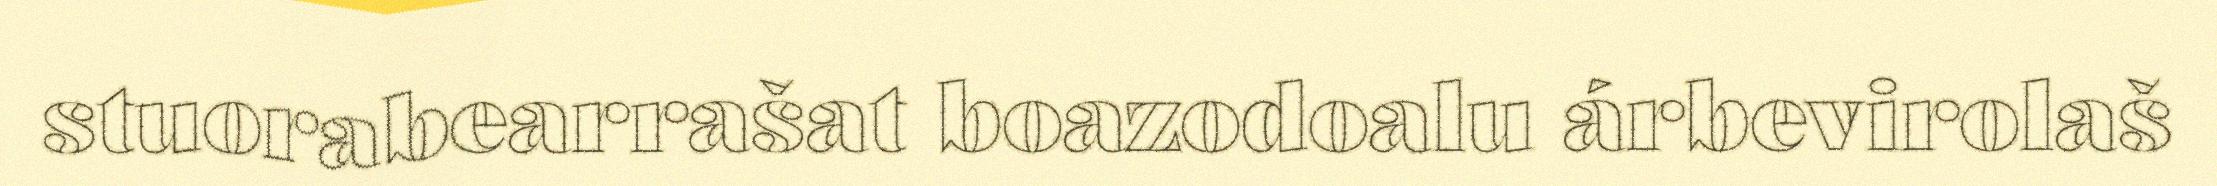
stuorabearrašat boazodoalu árbevirolaš